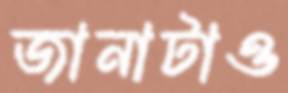
জানাটাও